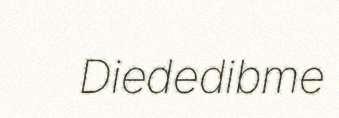
Diededibme